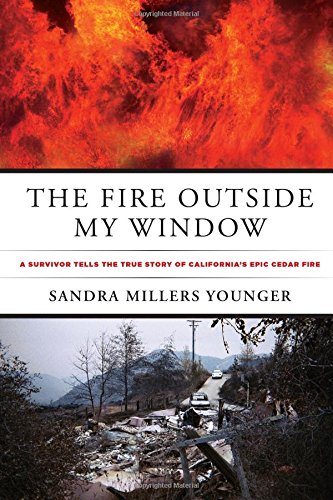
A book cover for The Fire Outside My Window: A Survivor Tells The True Story Of California's Epic Cedar Fire; Sandra Millers Younger; Science & Math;